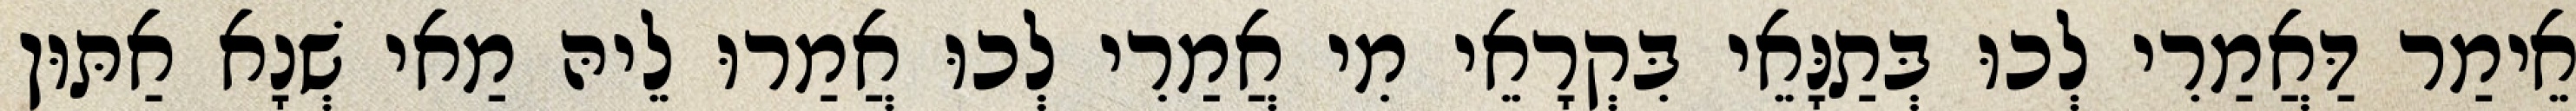
אֵימַר דַּאֲמַרִי לְכוּ בְּתַנָּאֵי בִּקְרָאֵי מִי אֲמַרִי לְכוּ אֲמַרוּ לֵיהּ מַאי שְׁנָא אַתּוּן